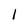
Character: 1